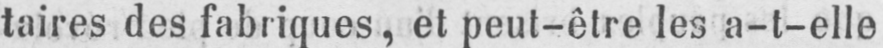
taires des fabriques, et peut-être les a-t-elle